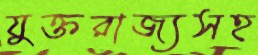
যুক্তরাজ্যসহ